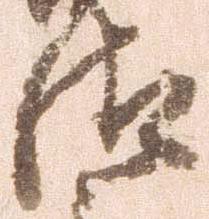
汰